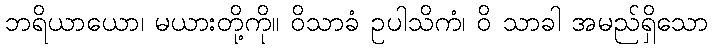
ဘရိယာယော၊ မယားတို့ကို။ ဝိသာခံ ဥပါသိကံ၊ ဝိ သာခါ အမည်ရှိသော